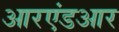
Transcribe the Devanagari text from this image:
आरएंडआर